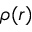
\rho ( r )